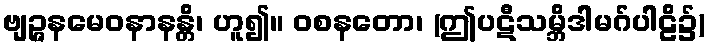
ဗျဉ္ဇနမေဝနာနန္တိ၊ ဟူ၍။ ဝစနတော၊ (ဤပဋီသမ္ဘိဒါမဂ်ပါဠိ၌)